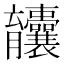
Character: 𫇄